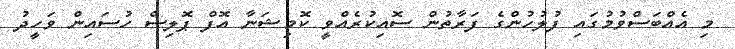
މި އެއްބަސްވުމުގައި ފުލުހުންގެ ފަރާތުން ސޮއިކުރެއްވީ ކޮމިޝަނާ އޮފް ޕޮލިސް ހުސައިން ވަހީދު